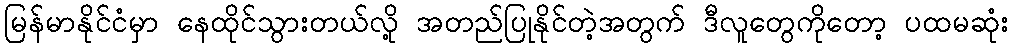
မြန်မာနိုင်ငံမှာ နေထိုင်သွားတယ်လို့ အတည်ပြုနိုင်တဲ့အတွက် ဒီလူတွေကိုတော့ ပထမဆုံး